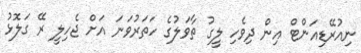
ނިއުރޭޑިއަންޓް އިން ދިވެހި ލީގު ތާވަލުގެ ހަތަރުވަނަ އަށް ޖެހިލީ ރޭ ގަލޮޅު